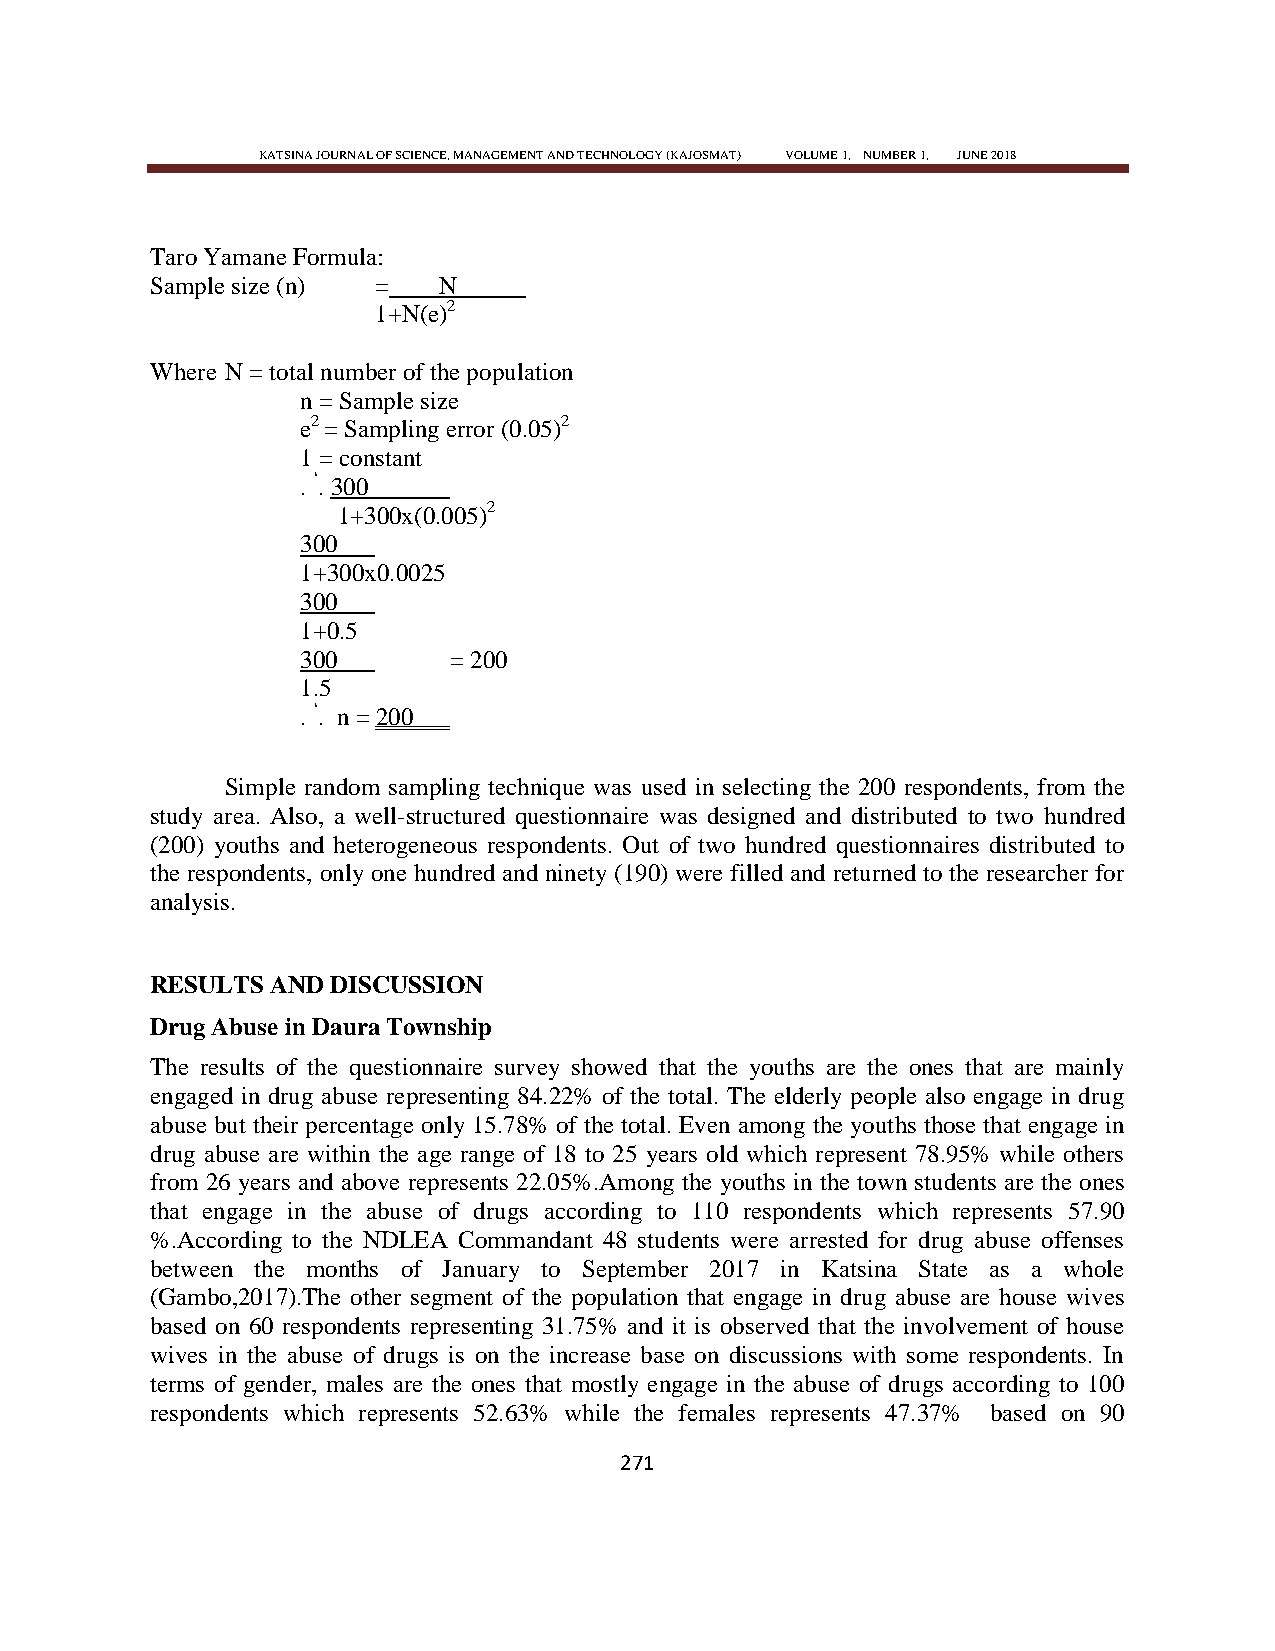
KATSINA JOURNAL OF SCIENCE, MANAGEMENT AND TECHNOLOGY (KAJOSMAT) VOLUME 1, NUMBER 1, JUNE 2018
 Taro Yamane Formula:
 Sample size (n) =  N
 1+N(e)2
 Where N = total number of the population
 n = Sample size
 e2 = Sampling error (0.05)2
 1 = constant
 . ‗. 300
 1+300x(0.005)2
 300
 1+300x0.0025
 300
 1+0.5
 300       = 200
 1.5
 . ‗. n = 200
 Simple random sampling technique was used in selecting the 200 respondents, from the
 study area. Also, a well-structured questionnaire was designed and distributed to two hundred
 (200) youths and heterogeneous respondents. Out of two hundred questionnaires distributed to
 the respondents, only one hundred and ninety (190) were filled and returned to the researcher for
 analysis.
 RESULTS AND DISCUSSION
 Drug Abuse in Daura Township
 The results of the questionnaire survey showed that the youths are the ones that are mainly
 engaged in drug abuse representing 84.22% of the total. The elderly people also engage in drug
 abuse but their percentage only 15.78% of the total. Even among the youths those that engage in
 drug abuse are within the age range of 18 to 25 years old which represent 78.95% while others
 from 26 years and above represents 22.05%.Among the youths in the town students are the ones
 that engage in the abuse of drugs according to 110 respondents which represents 57.90
 %.According to the NDLEA Commandant 48 students were arrested for drug abuse offenses
 between the months of January to September 2017 in Katsina State as a whole
 (Gambo,2017).The other segment of the population that engage in drug abuse are house wives
 based on 60 respondents representing 31.75% and it is observed that the involvement of house
 wives in the abuse of drugs is on the increase base on discussions with some respondents. In
 terms of gender, males are the ones that mostly engage in the abuse of drugs according to 100
 respondents which represents 52.63% while the females represents 47.37% based on 90
 271